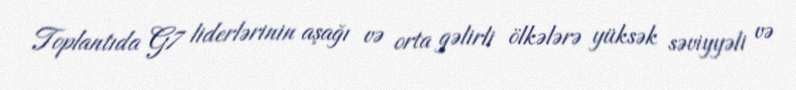
Toplantıda G7 liderlərinin aşağı və orta gəlirli ölkələrə yüksək səviyyəli və